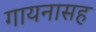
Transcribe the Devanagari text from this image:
गायनासह